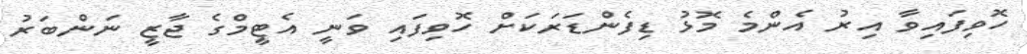
ހޮވިފައިވާ އިރު އެންމެ މޮޅު ޑިފެންޑަރަކަށް ހޮވިފައި ވަނީ އެޓީމްގެ ޖާޒީ ނަންބަރު